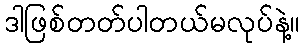
ဒါဖြစ်တတ်ပါတယ်မလုပ်နဲ့။